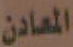
المعادن